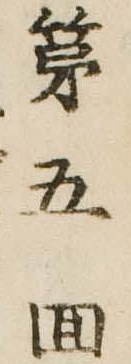
第五回